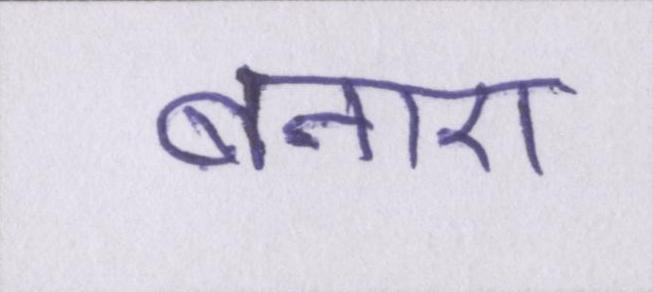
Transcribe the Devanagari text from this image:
बनाए